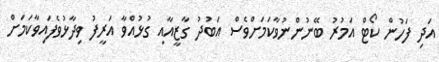
އަދި ފަހުން ކޯޓް އަމުރު ބޭނުންނުވާކަމަށްވެސް އަބުދު ގާޒީއާއި ގުޅުއްވާ އަރީފު ވިދާޅުވެފައިވާކަމަށް